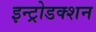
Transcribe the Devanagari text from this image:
इन्ट्रोडक्शन